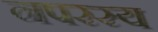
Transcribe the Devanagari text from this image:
नपरस्य